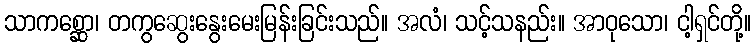
သာကစ္ဆော၊ တကွဆွေးနွေးမေးမြန်းခြင်းသည်။ အလံ၊ သင့်သနည်း။ အာဝုသော၊ ငါ့ရှင်တို့။